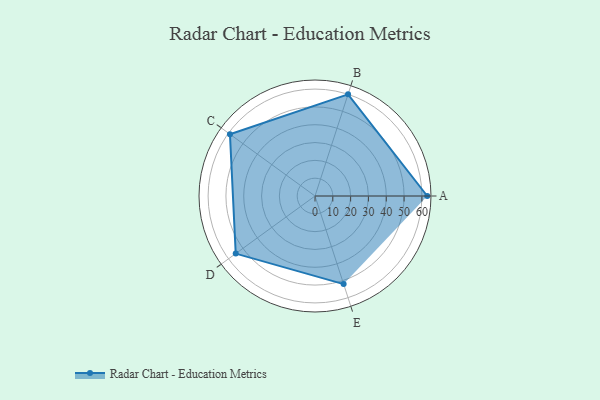
{"axis": {"x": "Skill", "y": "Score"}, "legend": ["Profile"], "data": [{"x": "A", "y": 63.0, "type": "Profile"}, {"x": "B", "y": 60.0, "type": "Profile"}, {"x": "C", "y": 59.0, "type": "Profile"}, {"x": "D", "y": 55.0, "type": "Profile"}, {"x": "E", "y": 52.0, "type": "Profile"}]}